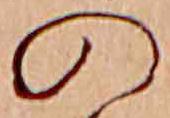
の